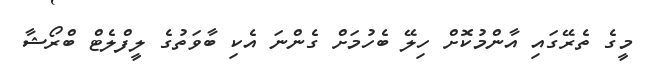
މީގެ ތެރޭގައި އާންމުކޮށް ހިލޭ ބެހުމަށް ގެންނަ އެކި ބާވަތުގެ ލީފްލެޓް ބްރޯޝާ